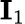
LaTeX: {\textbf{I}}_{1}